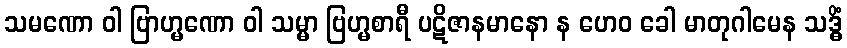
သမဏော ဝါ ဗြာဟ္မဏော ဝါ သမ္မာ ဗြဟ္မစာရီ ပဋိဇာနမာနော န ဟေဝ ခေါ မာတုဂါမေန သဒ္ဓိံ